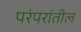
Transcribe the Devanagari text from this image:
परंपरांतील